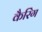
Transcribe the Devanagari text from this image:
कैरिंग